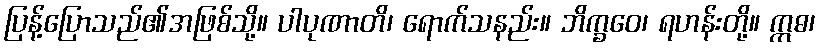
ပြန့်ပြောသည်၏အဖြစ်သို့။ ပါပုဏာတိ၊ ရောက်သနည်း။ ဘိက္ခဝေ၊ ရဟန်းတို့။ ဣဓ၊